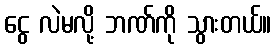
ငွေ လဲမလို့ ဘဏ်ကို သွားတယ်။